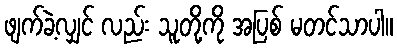
ဖျက်ခဲ့လျှင် လည်း သူတို့ကို အပြစ် မတင်သာပါ။